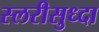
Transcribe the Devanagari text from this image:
स्लरीसुध्दा